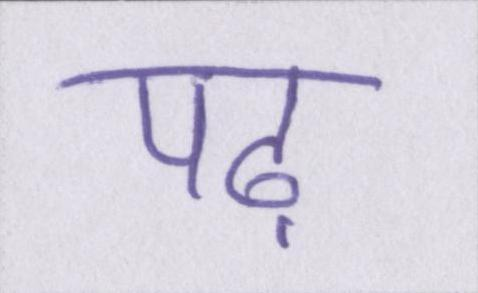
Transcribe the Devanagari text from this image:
पढ़